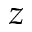
z